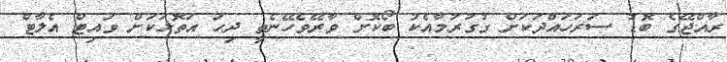
ރާއްޖޭގެ ބޮޑު ސަރަހައްދަކަށް ގުގުރުމާއެކު ބޯކޮށް ވާރޭވެހޭނެތީ ދިހަ އަތޮޅަކަށް ވައިޓް އެލާޓް